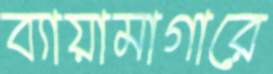
ব্যায়ামাগারে